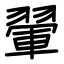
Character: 翬